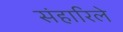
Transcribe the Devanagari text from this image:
संहारिले